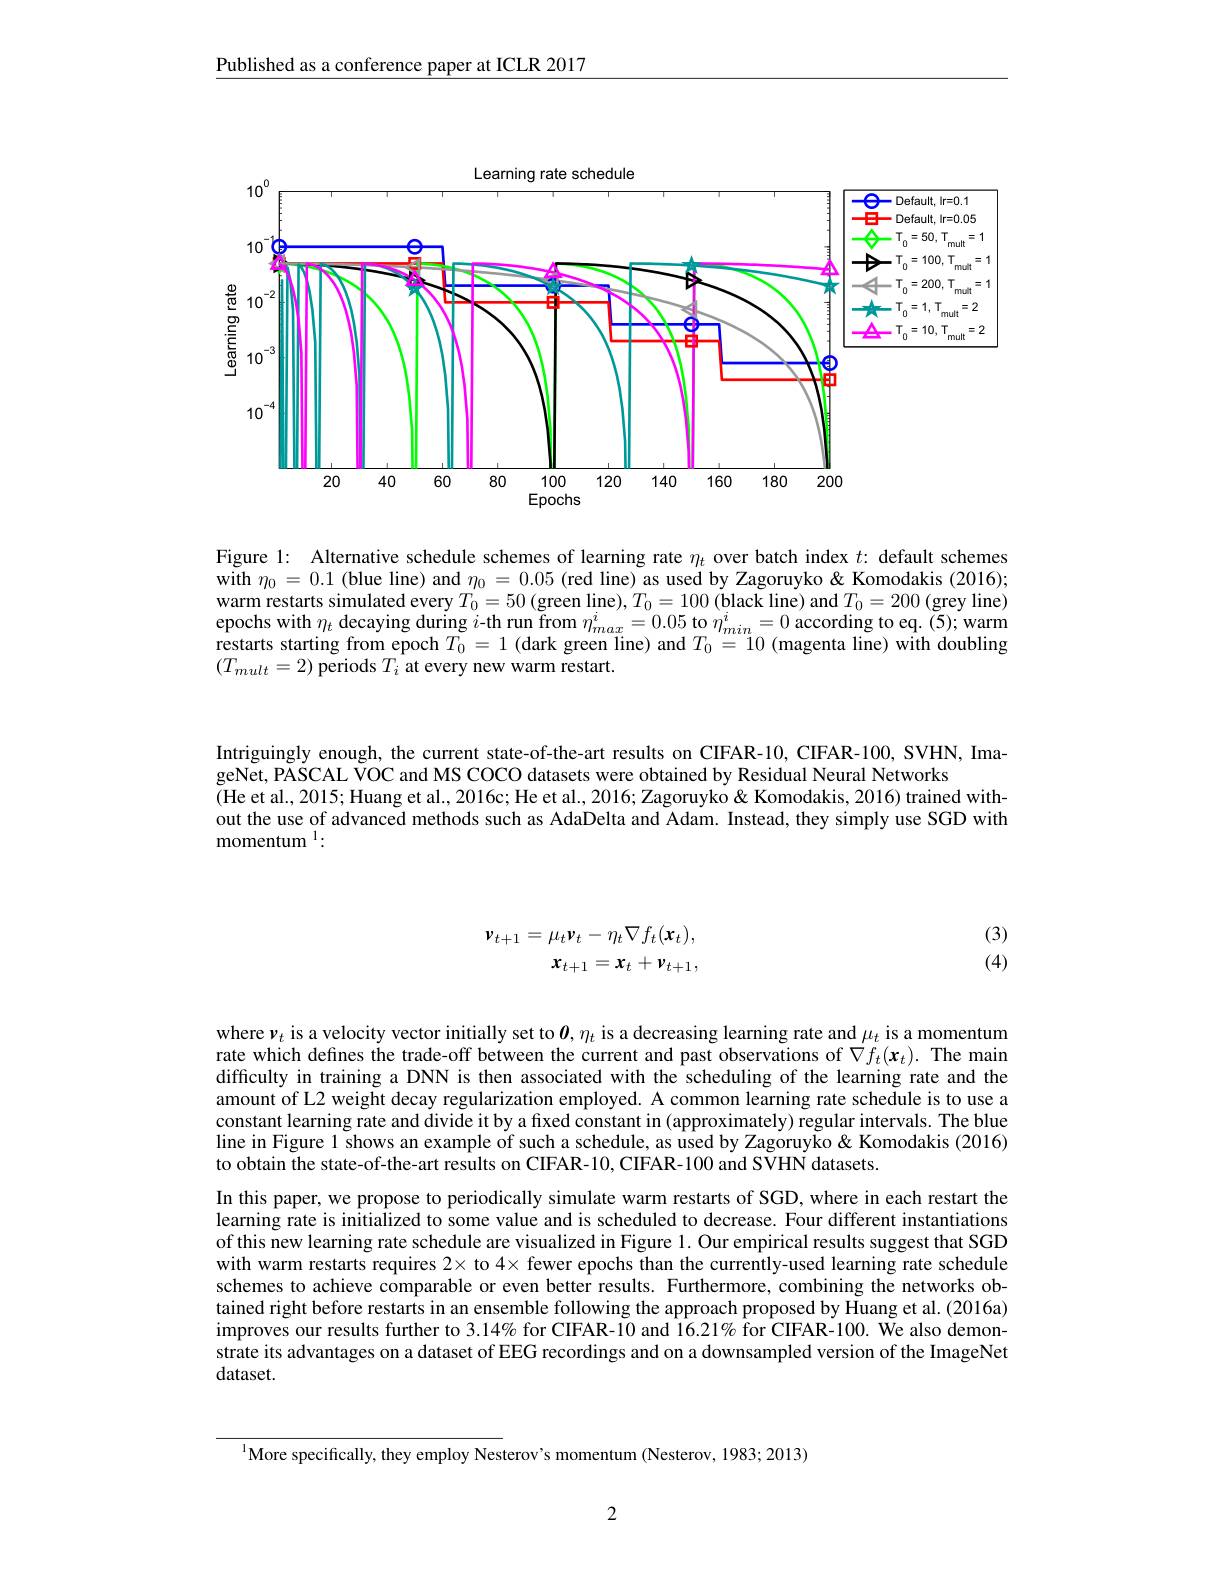
Published as a conference paper at ICLR 2017

<FigureHere>

Figure l: Alternative schedule schemes of learning rate $\eta_{t}$ over batch index $t{:}$ default schemes with $\eta_0=0.1$ (blue line) and $\eta_0=0.05$ (red line) as used by Zagoruyko & Komodakis (2016); warm restarts simulated every $T_0=50\left(\text{green line}\right),T_0=100\left(\text{black line}\right)$ and $T_0=200\left(\text{grey line}\right)$ epochs with $\eta_{t}$ decaying during $i$-th run from $\eta_{max}^{i}=0.05$ to $\eta_{min}^{i}=0$ according to eq.(5); warm restarts starting from epoch $T_0=1$ (dark green line) and $T_0=10$ (magenta line) with doubling $(T_{mult}=2)$ periods $T_i$ at every new warm restart.

Intriguingly enough, the current state-of-the-art results on CIFAR-10, CIFAR-100, SVHN, Ima-
geNet, PASCAL VOC and MS COCO datasets were obtained by Residual Neural Networks
(He et al., 2015; Huang et al., 2016c; He et al., 2016; Zagoruyko& Komodakis, 2016) trained without the use of advanced methods such as AdaDelta and Adam. Instead, they simply use SGD with momentum $^{1}:$

(3) (4)
$$\boldsymbol{v}_{t+1}=\mu_{t}\boldsymbol{v}_{t}-\eta_{t}\nabla f_{t}(\boldsymbol{x}_{t}),\\\boldsymbol{x}_{t+1}=\boldsymbol{x}_{t}+\boldsymbol{v}_{t+1},$$
where $\nu_t$ is a velocity vector initially set to $\boldsymbol{\theta},\eta_t$ is a decreasing learning rate and $\mu_t$ is a momentum rate which defnes the trade-off between the current and past observations of $\nabla f_t(\mathbf{x}_t).$ The main difficulty in training a DNN is then associated with the scheduling of the learning rate and the amount of L2 weight decay regularization employed. A common learning rate schedule is to use a constant learning rate and divide it by a fixed constant in (approximately) regular intervals. The blue line in Figure 1 shows an example of such a schedule, as used by Zagoruyko & Komodakis (2016) to obtain the state-of-the-art results on CIFAR-10, CIFAR-100 and SVHN datasets.
In this paper, we propose to periodically simulate warm restarts of SGD, where in each restart the learning rate is initialized to some value and is scheduled to decrease. Four different instantiations of this new learning rate schedule are visualized in Figure 1. Our empirical results suggest that SGD with warm restarts requires $2\times$ to $4\times$ fewer epochs than the currently-used learning rate schedule schemes to achieve comparable or even better results. Furthermore, combining the networks obtained right before restarts in an ensemble following the approach proposed by Huang et al. (2016a) improves our results further to 3.14% for CIFAR-10 and 16.21% for CIFAR-100. We also demonstrate its advantages on a dataset of EEG recordings and on a downsampled version of the ImageNet dataset.

$^{\mathrm{l}}$More specifically, they employ Nesterov's momentum (Nesterov, 1983; 2013)

2